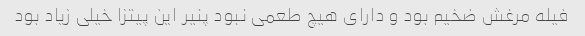
فیله مرغش ضخیم بود و دارای هیچ طعمی نبود پنیر این پیتزا خیلی زیاد بود